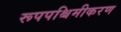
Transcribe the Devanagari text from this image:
रूपपश्चिमीकरण